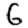
Digit: 6